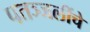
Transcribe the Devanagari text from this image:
पतञ्जलींचे